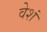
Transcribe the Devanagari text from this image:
वेशं